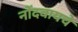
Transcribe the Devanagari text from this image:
नोंदवायचेे